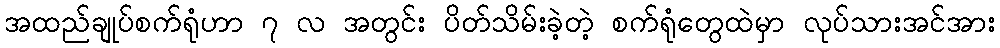
အထည်ချုပ်စက်ရုံဟာ ၇ လ အတွင်း ပိတ်သိမ်းခဲ့တဲ့ စက်ရုံတွေထဲမှာ လုပ်သားအင်အား